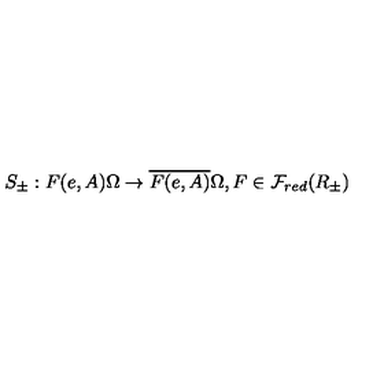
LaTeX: S _ { \pm } : F ( e , A ) \Omega \rightarrow \overline { { F ( e , A ) } } \Omega , F \in { \cal F } _ { r e d } ( R _ { \pm } )